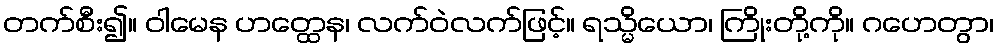
တက်စီး၍။ ဝါမေန ဟတ္ထေန၊ လက်ဝဲလက်ဖြင့်။ ရသ္မိယော၊ ကြိုးတို့ကို။ ဂဟေတွာ၊